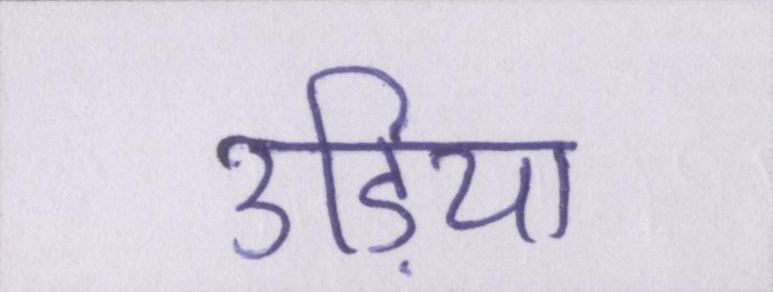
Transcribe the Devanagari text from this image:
उड़िया